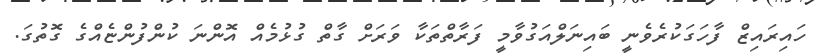
ހައިރައިޒް ފާހަގަކުރެވެނީ ބައިނަލްއަގުވާމީ ފަރާތްތަކާ ވަރަށް ގާތް ގުޅުމެއް އޮންނަ ކުންފުންޏެއްގެ ގޮތުގަ.